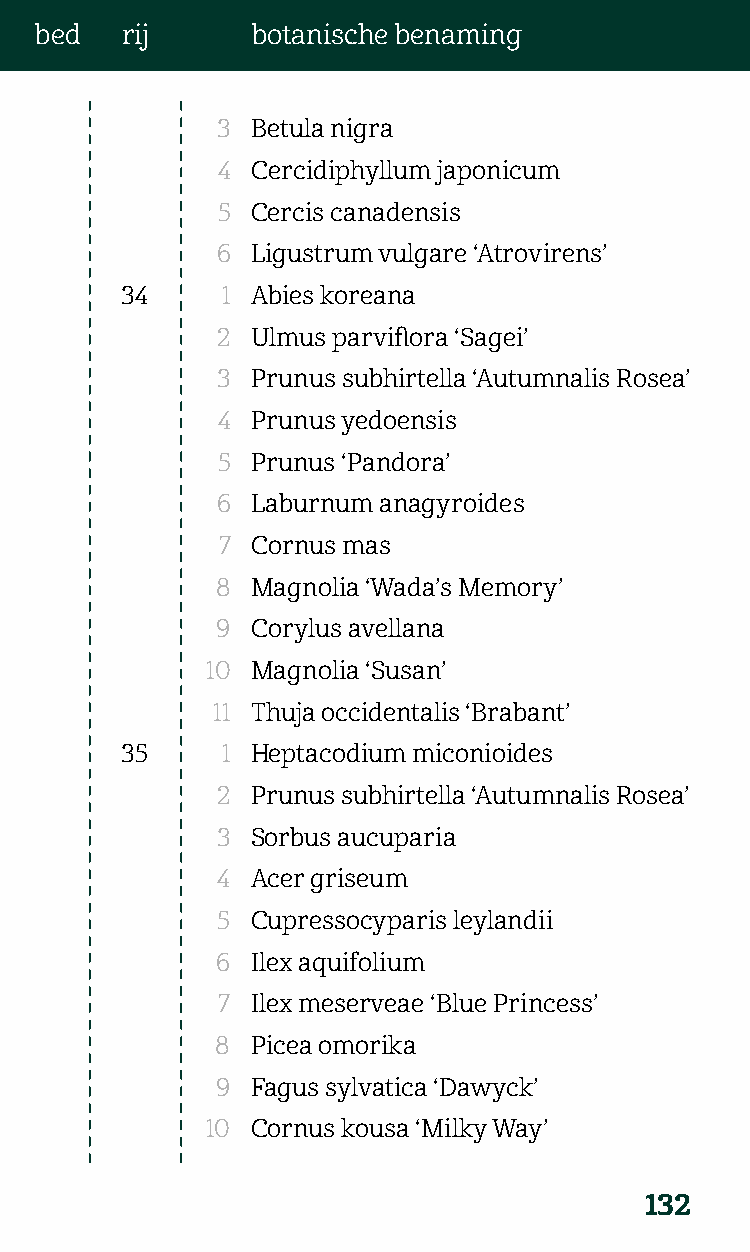
bed   rij      botanische benaming
 3  Betula nigra
 4  Cercidiphyllum japonicum
 5  Cercis canadensis
 6  Ligustrum vulgare ‘Atrovirens’
 34     1 Abies koreana
 2  Ulmus parviflora ‘Sagei’
 3  Prunus subhirtella ‘Autumnalis Rosea’
 4  Prunus yedoensis
 5  Prunus ‘Pandora’
 6  Laburnum anagyroides
 7  Cornus mas
 8  Magnolia ‘Wada’s Memory’
 9  Corylus avellana
 10 Magnolia ‘Susan’
 11 Thuja occidentalis ‘Brabant’
 35     1 Heptacodium miconioides
 2  Prunus subhirtella ‘Autumnalis Rosea’
 3  Sorbus aucuparia
 4  Acer griseum
 5  Cupressocyparis leylandii
 6  Ilex aquifolium
 7  Ilex meserveae ‘Blue Princess’
 8  Picea omorika
 9  Fagus sylvatica ‘Dawyck’
 10 Cornus kousa ‘Milky Way’
 132